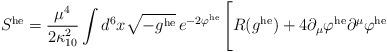
LaTeX: \begin{align*}S^{\rm he} = \frac{\mu^4}{2 \kappa_{10}^2} \int d^6 x\sqrt{-g^{\rm he}}\,e^{-2\varphi^{\rm he}}\, \Bigg[R(g^{\rm he}) + 4\partial_\mu\varphi^{\rm he}\partial^\mu\varphi^{\rm he}\end{align*}